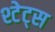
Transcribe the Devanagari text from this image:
श्टेट्स